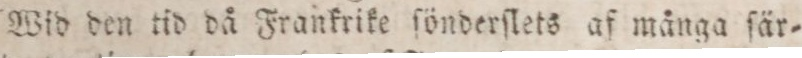
Wid den tid då Frankrike ſönderſlets af många ſär=